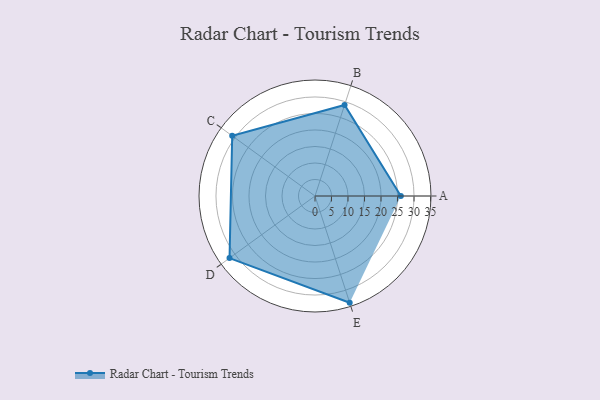
{"axis": {"x": "Skill", "y": "Score"}, "legend": ["Profile"], "data": [{"x": "A", "y": 26.0, "type": "Profile"}, {"x": "B", "y": 29.0, "type": "Profile"}, {"x": "C", "y": 31.0, "type": "Profile"}, {"x": "D", "y": 32.0, "type": "Profile"}, {"x": "E", "y": 34.0, "type": "Profile"}]}